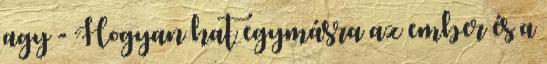
agy - Hogyan hat egymásra az ember és a